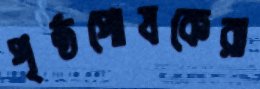
পৃষ্ঠপোষকেরা